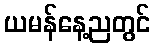
ယမန်နေ့ညတွင်